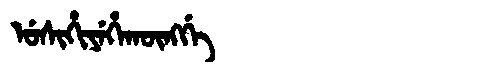
Manchu: ᡠᠰᡳᡥᡳᠶᡝᡥᠠᡴᡡᠩᡤᡝ
Romanization: USIHIYEHAKŪNGGE